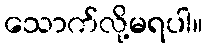
သောက်လို့မရပါ။